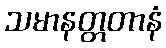
သမာနတ္တတာနံ